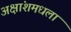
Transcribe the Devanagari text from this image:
अक्षांशमधला